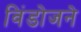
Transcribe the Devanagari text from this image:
विंडोजने